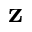
\mathbf { z }